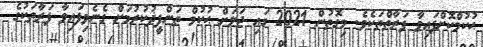
ޙުކުމްކޮށްފައިވާ ފަރާތްތަކެވެ. މިގޮތުން 2021 ގައި ޖަލަށް ޙުކުމް ތަންފީޛުކުރުމަށް ގެނެވިފައިވާ ފަރާތަކުގެ